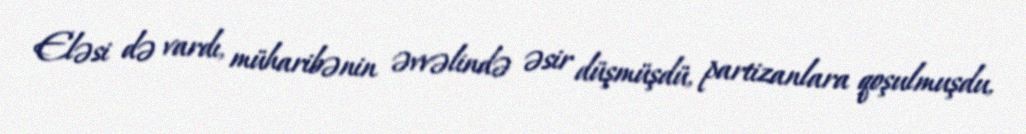
Eləsi də vardı, müharibənin əvvəlində əsir düşmüşdü, partizanlara qoşulmuşdu,